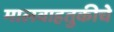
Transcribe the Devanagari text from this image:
मालवाहतुकीचे